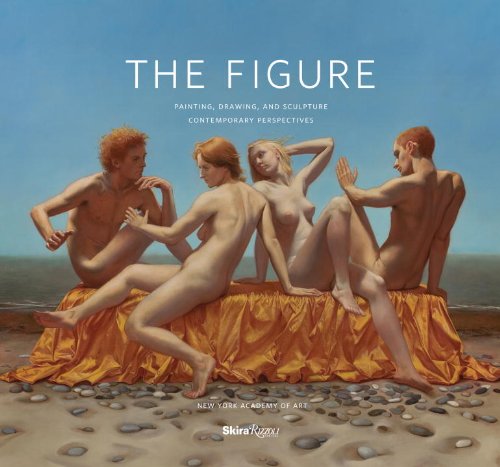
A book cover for The Figure: Painting, Drawing, and Sculpture; Arts & Photography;